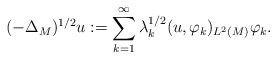
\begin{align*}(-\Delta_M)^{1\slash 2}u := \sum_{k=1}^\infty \lambda_k^{1\slash 2}(u,\varphi_k)_{L^2(M)}\varphi_k.\end{align*}